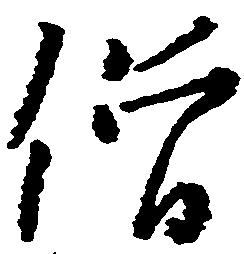
僧